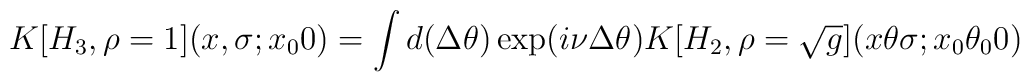
K[H_3 ,\rho =1](x,\sigma ; x_00) = \int d(\Delta \theta ) \exp(i\nu \Delta\theta ) K[H_2,\rho =\sqrt{g}](x\theta \sigma ; x_0\theta _00)